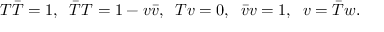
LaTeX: T \bar { T } = 1 , \; \; \bar { T } T = 1 - v \bar { v } , \; \; T v = 0 , \; \; \bar { v } v = 1 , \; \; v = \bar { T } w .